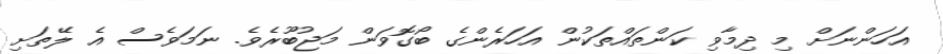
އަހަންނަށް މި ދިމާވި ކަންތައްތަކުން އަހަރެންގެ ބޯގޮވަން މަޖުބޫރެވެ. ނަމަވެސް އެ ލޭތަށި